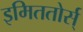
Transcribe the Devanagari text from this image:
इमिततोर्स्